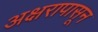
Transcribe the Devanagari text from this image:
अक्षरापासून